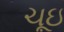
ચૂઇ